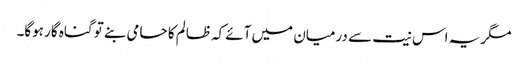
مگر یہ اس نیت سے درمیان میں آئے کہ ظالم کا حامی بنے تو گناہ گار ہوگا۔